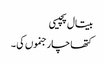
بیتال پچیسی
کتھا چار جنموں کی ۔